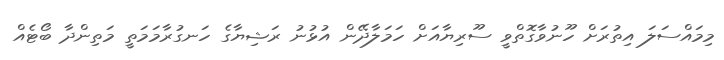
މިމައްސަލަ އިތުރަށް ހޫނުވާގޮތްވީ ސޫރިޔާއަށް ހަމަލާދޭން އުޅުނު ރަޝިޔާގެ ހަނގުރާމަމަތީ މަތިންދާ ބޯޓެއް